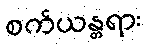
စက်ယန္တရား